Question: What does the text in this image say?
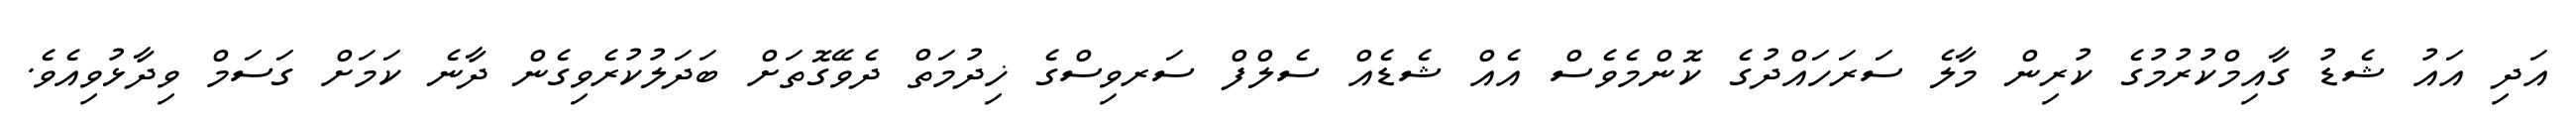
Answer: އަދި އައު ޝެޑު ގާއިމްކުރުމުގެ ކުރިން މާލެ ސަރަހައްދުގެ ކޮންމެވެސް އެއް ޝެޑެއް ސެލްފް ސަރވިސްގެ ޚިދުމަތް ދެވޭގޮތަށް ބަދަލުކުރެވިގެން ދާނެ ކަމަށް ގަސަމް ވިދާޅުވިއެވެ.